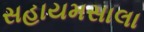
સહાયમસાલા